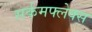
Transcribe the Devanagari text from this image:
सर्कमफ्लेक्स